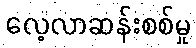
လေ့လာဆန်းစစ်မှု